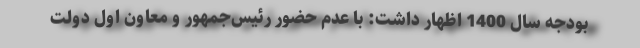
بودجه سال 1400 اظهار داشت: با عدم حضور رئیس‌جمهور و معاون اول دولت